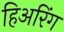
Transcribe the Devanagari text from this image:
हिअरिंग